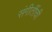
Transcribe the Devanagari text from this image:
संगीतींची